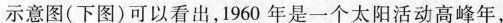
示意图(下图)可以看出，1960年是一个太阳活动高峰年，